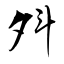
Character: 斘